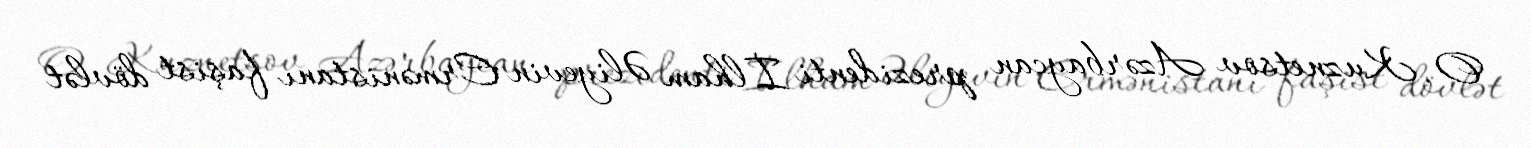
O. Kuznetsov Azərbaycan prezidenti İlham Əliyevin Ermənistanı faşist dövlət